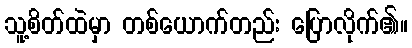
သူ့စိတ်ထဲမှာ တစ်ယောက်တည်း ပြောလိုက်၏။